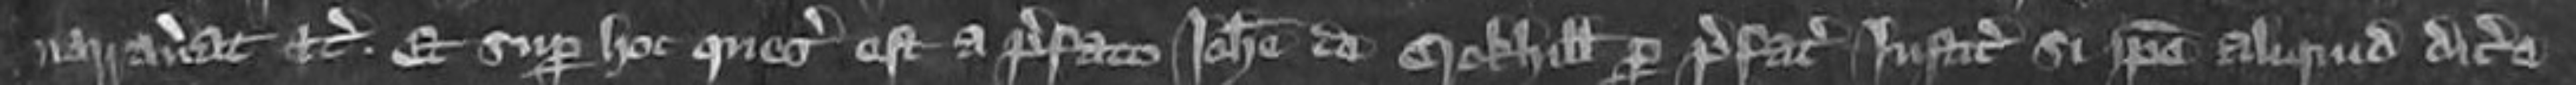
narraverat etc et super hoc quesitus est a prefato Johanne de Crokhill per prefatis justiciariis si ipse aliquid dicere